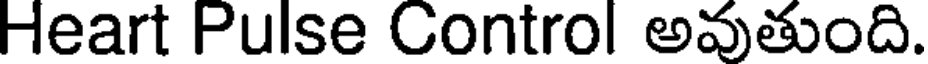
Heart Pulse Control అవుతుంది.